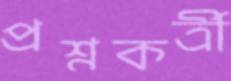
প্রশ্নকর্ত্রী